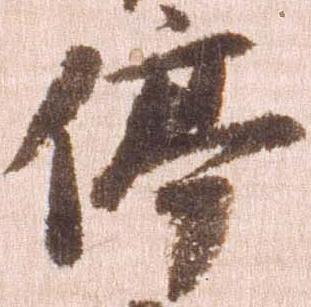
停